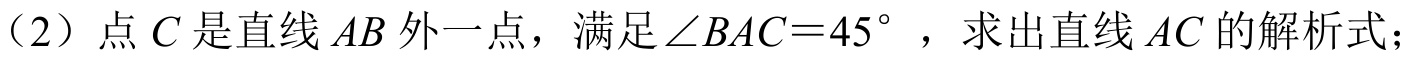
(2) 点 \(C\) 是直线 \(AB\) 外一点，满足\(\angle BAC = 45^{\circ}\) ，求出直线 \(AC\) 的解析式；